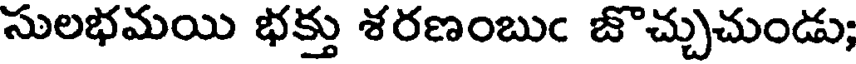
సులభమయి భక్తు శరణంబుఁ జొచ్చుచుండు;